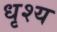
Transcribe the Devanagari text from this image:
धृश्य